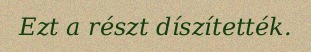
Ezt a részt díszítették.